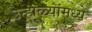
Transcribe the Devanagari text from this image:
उन्हाळ्यांमध्ये